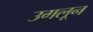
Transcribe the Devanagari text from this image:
उगलून